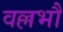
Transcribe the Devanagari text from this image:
वल्लभौ